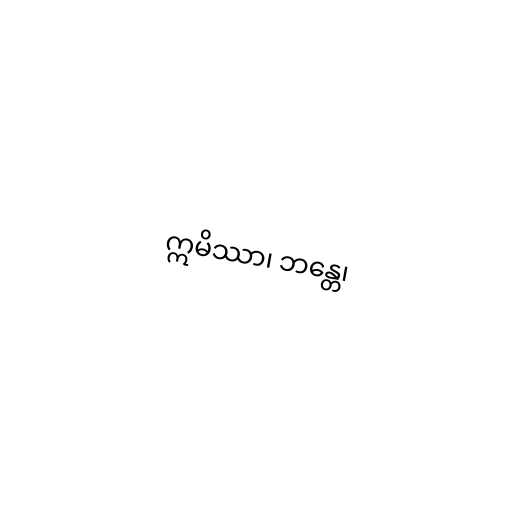
ဣမိဿာ၊ ဘန္တေ၊